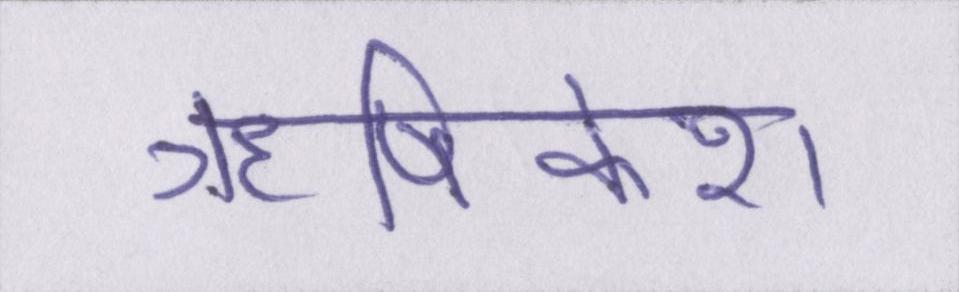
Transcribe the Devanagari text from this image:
ॠषिकेश